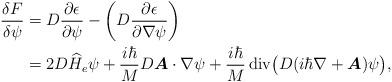
LaTeX: \begin{align*}\frac{\delta F}{\delta \psi}&=D\frac{\partial \epsilon}{\partial \psi} - \left(D\frac{\partial \epsilon}{\partial \nabla\psi}\right)\\&= 2D \widehat{H}_e\psi+\frac{i\hbar}{M}D\boldsymbol{A} \cdot \nabla \psi +\frac{i\hbar}{M}\operatorname{div}\!\big(D(i\hbar\nabla+\boldsymbol{A})\psi\big), \end{align*}